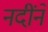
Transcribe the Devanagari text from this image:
नदींने